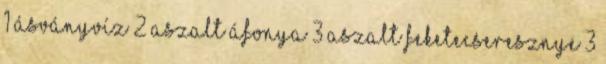
1 ásványvíz 2 aszalt áfonya 3 aszalt feketecseresznye 3